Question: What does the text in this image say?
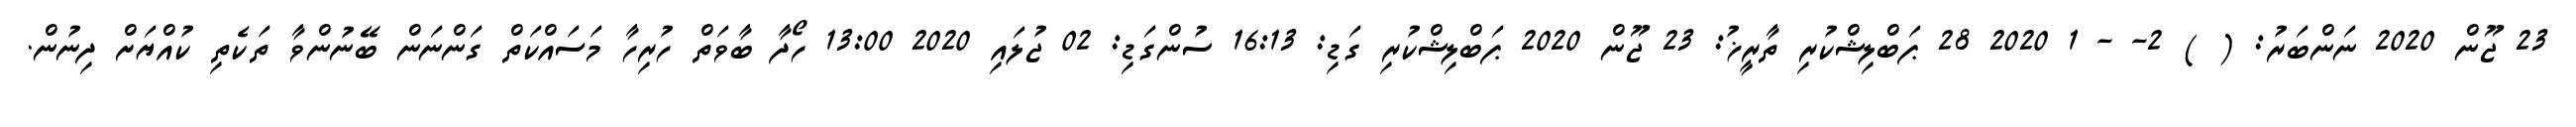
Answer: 23 ޖޫން 2020 ނަންބަރު: ( ) 2- - 1 2020 28 ޕަބްލިޝްކުރި ތާރީޚު: 23 ޖޫން 2020 ޕަބްލިޝްކުރި ގަޑި: 16:13 ސުންގަޑި: 02 ޖުލައި 2020 13:00 ހޯދާ ބާވަތް ހުރިހާ މަސައްކަތް ގަންނަން ބޭނުންވާ ތަކެތި ކުއްޔަށް ދިނުން.